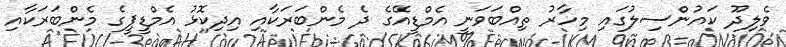
ވެލިދޫ ކައުންސިލުގައި މިހާރު ތިއްބަވަނީ އެމްޑީއޭގެ ދެ މެންބަރަކާއި އިދިކޮޅު އެމްޑީޕީގެ މެންބަރަކާއި